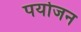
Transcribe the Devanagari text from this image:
पर्योजन